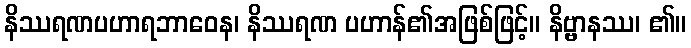
နိဿရဏပဟာရဘာဝေန၊ နိဿရဏ ပဟာန်၏အဖြစ်ဖြင့်။ နိဗ္ဗာနဿ၊ ၏။